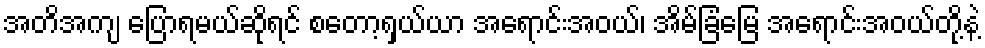
အတိအကျ ပြောရမယ်ဆိုရင် စတော့ရှယ်ယာ အရောင်းအဝယ်၊ အိမ်ခြံမြေ အရောင်းအဝယ်တို့နဲ့